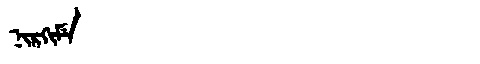
Manchu: ᠨᡳᡵᡴᡳᠮᡝ
Romanization: NIRKIME